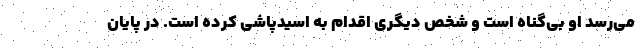
می‌رسد او بی‌گناه است و شخص دیگری اقدام به اسیدپاشی کرده است. در پایان